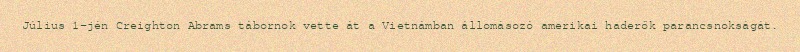
Július 1-jén Creighton Abrams tábornok vette át a Vietnámban állomásozó amerikai haderők parancsnokságát.